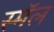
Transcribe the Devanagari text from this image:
स्मॅल